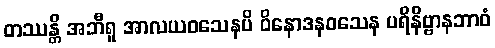
တဿန္တိ အဘီရူ အာလယဝသေနပိ ဝိနောဒနဝသေန ပရိနိဗ္ဗာနဘာဝံ